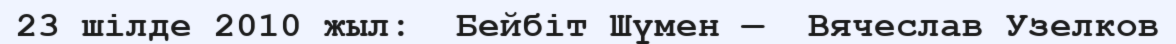
23 шілде 2010 жыл:  Бейбіт Шүмен —  Вячеслав Узелков